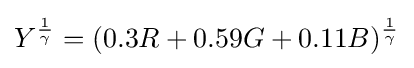
Y^{\frac {1}{\gamma }}=(0.3R+0.59G+0.11B)^{\frac {1}{\gamma }}